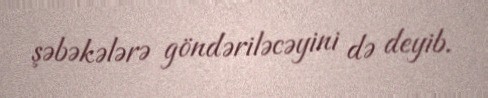
şəbəkələrə göndəriləcəyini də deyib.